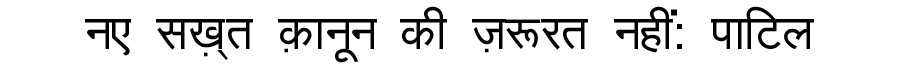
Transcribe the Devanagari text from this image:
नए सख़्त क़ानून की ज़रूरत नहीं: पाटिल